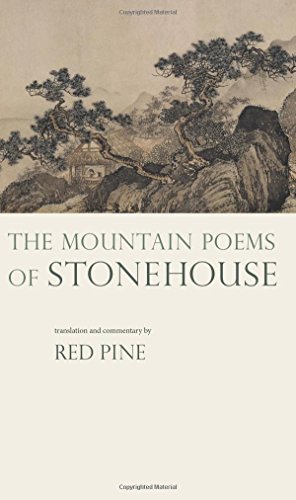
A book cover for The Mountain Poems of Stonehouse (English and Chinese Edition); Stonehouse; Literature & Fiction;